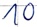
Text: 10